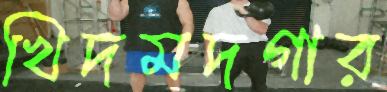
খিদমদগার